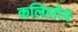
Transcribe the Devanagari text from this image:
कलिलोय